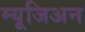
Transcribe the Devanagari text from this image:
म्यूजिअन